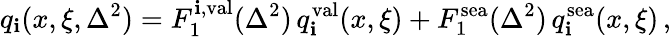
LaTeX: q_{\mathbf{i}}(x,\xi,\Delta^{2})=F_{1}^{\mathbf{i},\mathrm{{val}}}(\Delta^{2})\, q_{\mathbf{i}}^{\mathrm{{val}}}(x,\xi)+F_{1}^{\mathrm{{sea}}}(\Delta^{2})\, q_{\mathbf{i}}^{\mathrm{{sea}}}(x,\xi)\, ,